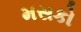
મસકો